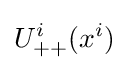
U_{++}^{i}(x^{i})